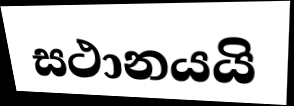
සථානයයි